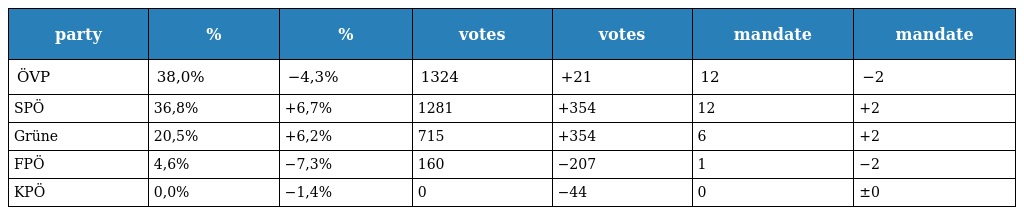
| party | % | % | votes | votes | mandate | mandate |
 | --- | --- | --- | --- | --- | --- | --- |
 | ÖVP | 38,0% | −4,3% | 1324 | +21 | 12 | −2 |
 | SPÖ | 36,8% | +6,7% | 1281 | +354 | 12 | +2 |
 | Grüne | 20,5% | +6,2% | 715 | +354 | 6 | +2 |
 | FPÖ | 4,6% | −7,3% | 160 | −207 | 1 | −2 |
 | KPÖ | 0,0% | −1,4% | 0 | −44 | 0 | ±0 |